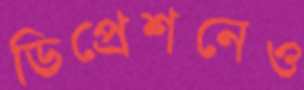
ডিপ্রেশনেও